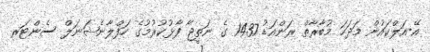
އޭ-އަލްކައުން މަދަހަ މުބާރާތް ރަންއަޑު 1437 ގެ ނަތީޖާ ފާޅުކުރުމުގެ ހަފްލާނެޝަނަލް ސެންޓަރ